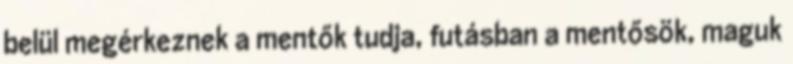
belül megérkeznek a mentők tudja, futásban a mentősök, maguk